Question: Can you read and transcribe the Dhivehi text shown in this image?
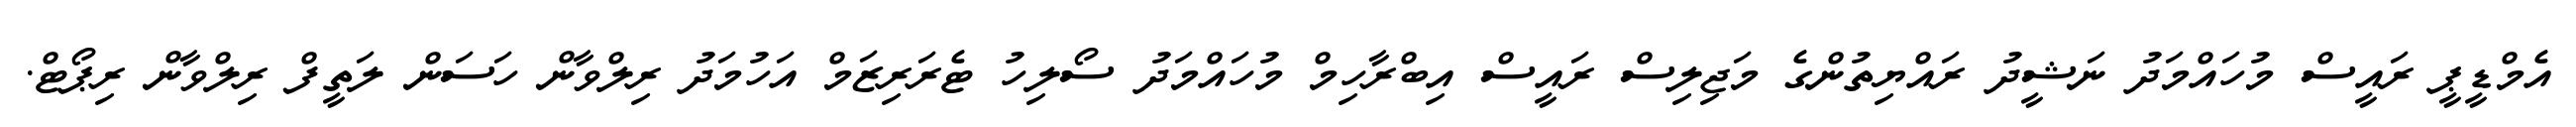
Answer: އެމްޑީޕީ ރައީސް މުހައްމަދު ނަޝީދު ރައްޔިތުންގެ މަޖިލިސް ރައީސް އިބްރާހިމް މުހައްމަދު ސޯލިހު ޓެރަރިޒަމް އަހުމަދު ރިލްވާން ހަސަން ލަތީފް ރިލްވާން ރިޕޯޓް.